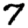
Digit: 7